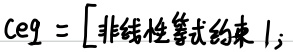
\(ceq = [\text{非线性等式约束}1;]\)